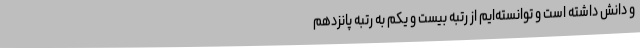
و دانش داشته است و توانسته‌ایم از رتبه بیست و یکم به رتبه پانزدهم